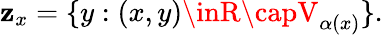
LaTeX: \mathbf{z}_{x}=\{ y:(x,y)\inR\capV_{\alpha(x)}\} .